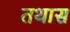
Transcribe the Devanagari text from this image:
तथास